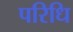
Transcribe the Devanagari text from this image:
परिधि